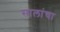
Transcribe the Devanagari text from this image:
सालांचा